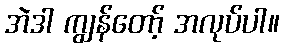
အဲဒါ ကျွန်တော့် အလုပ်ပါ။